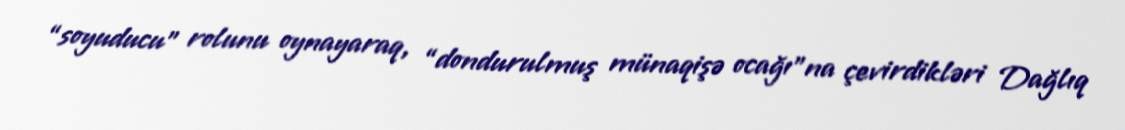
“soyuducu” rolunu oynayaraq, “dondurulmuş münaqişə ocağı”na çevirdikləri Dağlıq